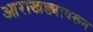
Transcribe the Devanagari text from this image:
आराखड्यावरून